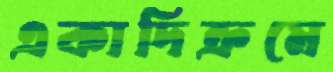
একাদিক্রমে